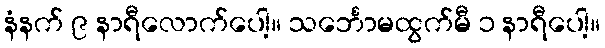
နံနက် ၉ နာရီလောက်ပေါ့။ သင်္ဘောမထွက်မီ ၁ နာရီပေါ့။